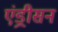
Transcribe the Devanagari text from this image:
एंड्रीसन